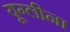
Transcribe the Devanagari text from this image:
यूग्लीना